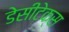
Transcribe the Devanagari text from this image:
डेसीटेक्स